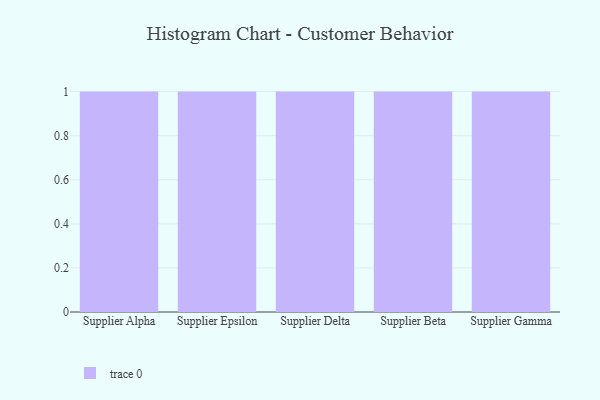
{"axis": {"x": "Supplier", "y": "Inventory Turnover"}, "legend": [""], "data": [{"x": "Supplier Alpha", "y": 27, "type": ""}, {"x": "Supplier Epsilon", "y": 96, "type": ""}, {"x": "Supplier Delta", "y": 66, "type": ""}, {"x": "Supplier Beta", "y": 94, "type": ""}, {"x": "Supplier Gamma", "y": 26, "type": ""}]}